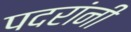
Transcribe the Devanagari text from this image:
पदरांनी